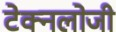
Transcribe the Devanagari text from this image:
टेक्नलोजी